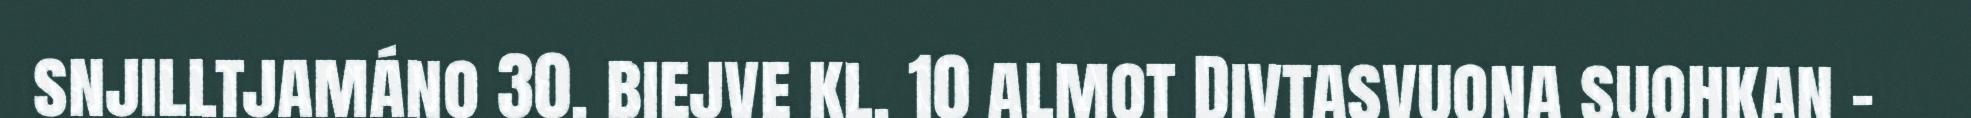
snjilltjamáno 30. biejve kl. 10 almot Divtasvuona suohkan -